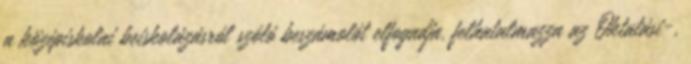
a középiskolai beiskolázásról szóló beszámolót elfogadja. felhatalmazza az Oktatási-,